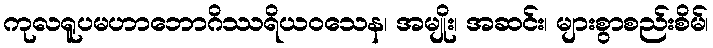
ကုလရူပမဟာဘောဂိဿရိယဝသေန၊ အမျိုး၊ အဆင်း၊ များစွာစည်းစိမ်၊